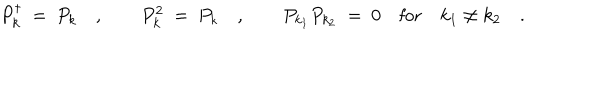
LaTeX: P _ { k } ^ { \dagger } \ = \ P _ { k } \quad , \qquad P _ { k } ^ { 2 } \ = \ P _ { k } \quad , \qquad P _ { k _ { 1 } } P _ { k _ { 2 } } \ = \ 0 \quad \textrm { f o r } \quad k _ { 1 } \neq k _ { 2 } \quad .